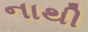
નાથી